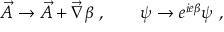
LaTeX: \vec { A } \to \vec { A } + \vec { \nabla } \beta \ , \qquad \psi \to e ^ { i e \beta } \psi \ ,